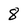
Character: 8